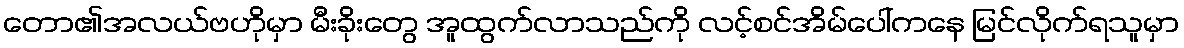
တော၏အလယ်ဗဟိုမှာ မီးခိုးတွေ အူထွက်လာသည်ကို လင့်စင်အိမ်ပေါ်ကနေ မြင်လိုက်ရသူမှာ